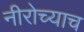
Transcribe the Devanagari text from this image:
नीरोच्याच